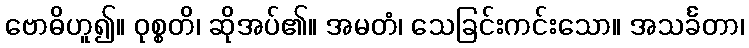
ဗောဓိဟူ၍။ ဝုစ္စတိ၊ ဆိုအပ်၏။ အမတံ၊ သေခြင်းကင်းသော။ အသင်္ခတာ၊